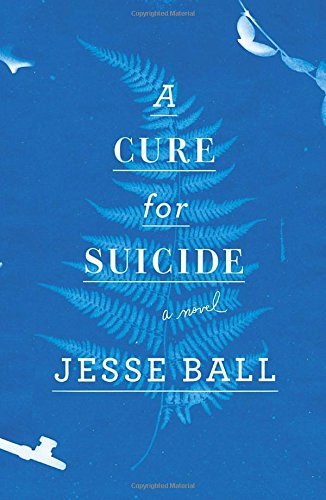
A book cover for A Cure for Suicide: A Novel; Jesse Ball; Science Fiction & Fantasy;